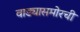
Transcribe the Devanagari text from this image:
वाड्यासमोरची